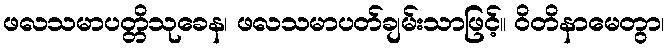
ဖလသမာပတ္တိသုခေန၊ ဖလသမာပတ်ချမ်းသာဖြင့်။ ဝိတိနာမေတွာ၊